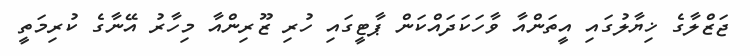
ޖަޒްލާގެ ޚިޔާލުގައި އީތަންއާ ވާހަކަދައްކަން ޕާޓީގައި ހުރި ޒޫރިންއާ މިހާރު އޭނާގެ ކުރިމަތީ